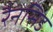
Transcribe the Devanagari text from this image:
रैनसिड